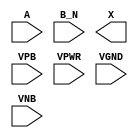
module sky130_fd_sc_lp__or2b (
    //# {{data|Data Signals}}
    input  A   ,
    input  B_N ,
    output X   ,

    //# {{power|Power}}
    input  VPB ,
    input  VPWR,
    input  VGND,
    input  VNB
);
endmodule